Lunatic asylums in Bengal annual reports 1899-1911 - 1899-1911
Year: 1899
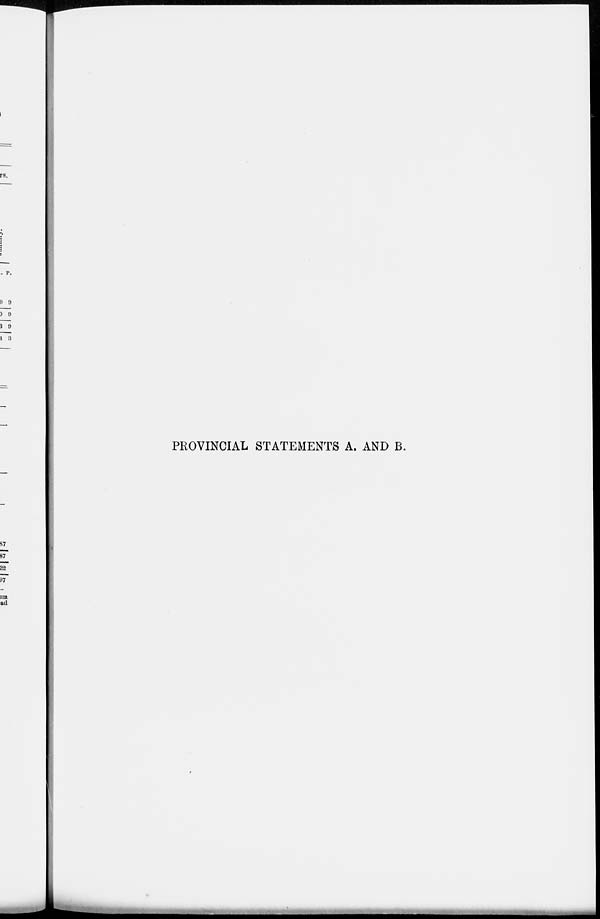
PROVINCIAL STATEMENTS A. AND B.